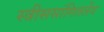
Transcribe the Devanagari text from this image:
स्त्रीससांगितलेंव